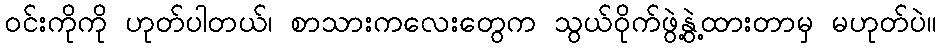
၀င်းကိုကို ဟုတ်ပါတယ်၊ စာသားကလေးတွေက သွယ်ဝိုက်ဖွဲ့နွဲ့ထားတာမှ မဟုတ်ပဲ။